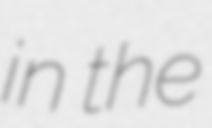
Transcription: in the